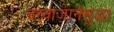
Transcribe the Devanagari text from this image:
दरवाजानेसुद्धा